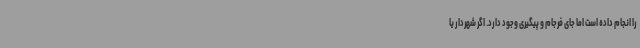
را انجام داده است اما جای فرجام و پیگیری وجود دارد. اگر شهردار یا